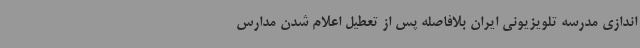
اندازی مدرسه تلویزیونی ایران بلافاصله پس از تعطیل اعلام شدن مدارس